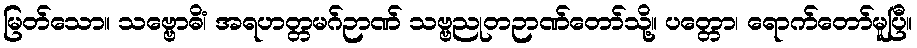
မြတ်သော။ သဗ္ဗောဓိံ၊ အရဟတ္တမဂ်ဉာဏ် သဗ္ဗညုတဉာဏ်တော်သို့။ ပတ္တော၊ ရောက်တော်မူပြီ။